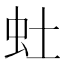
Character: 𫊥